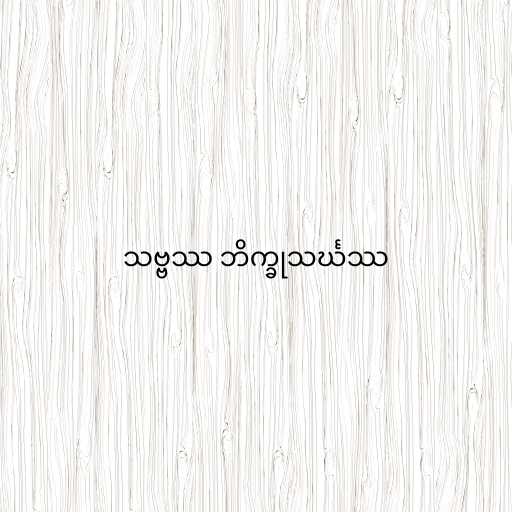
သဗ္ဗဿ ဘိက္ခုသင်္ဃဿ